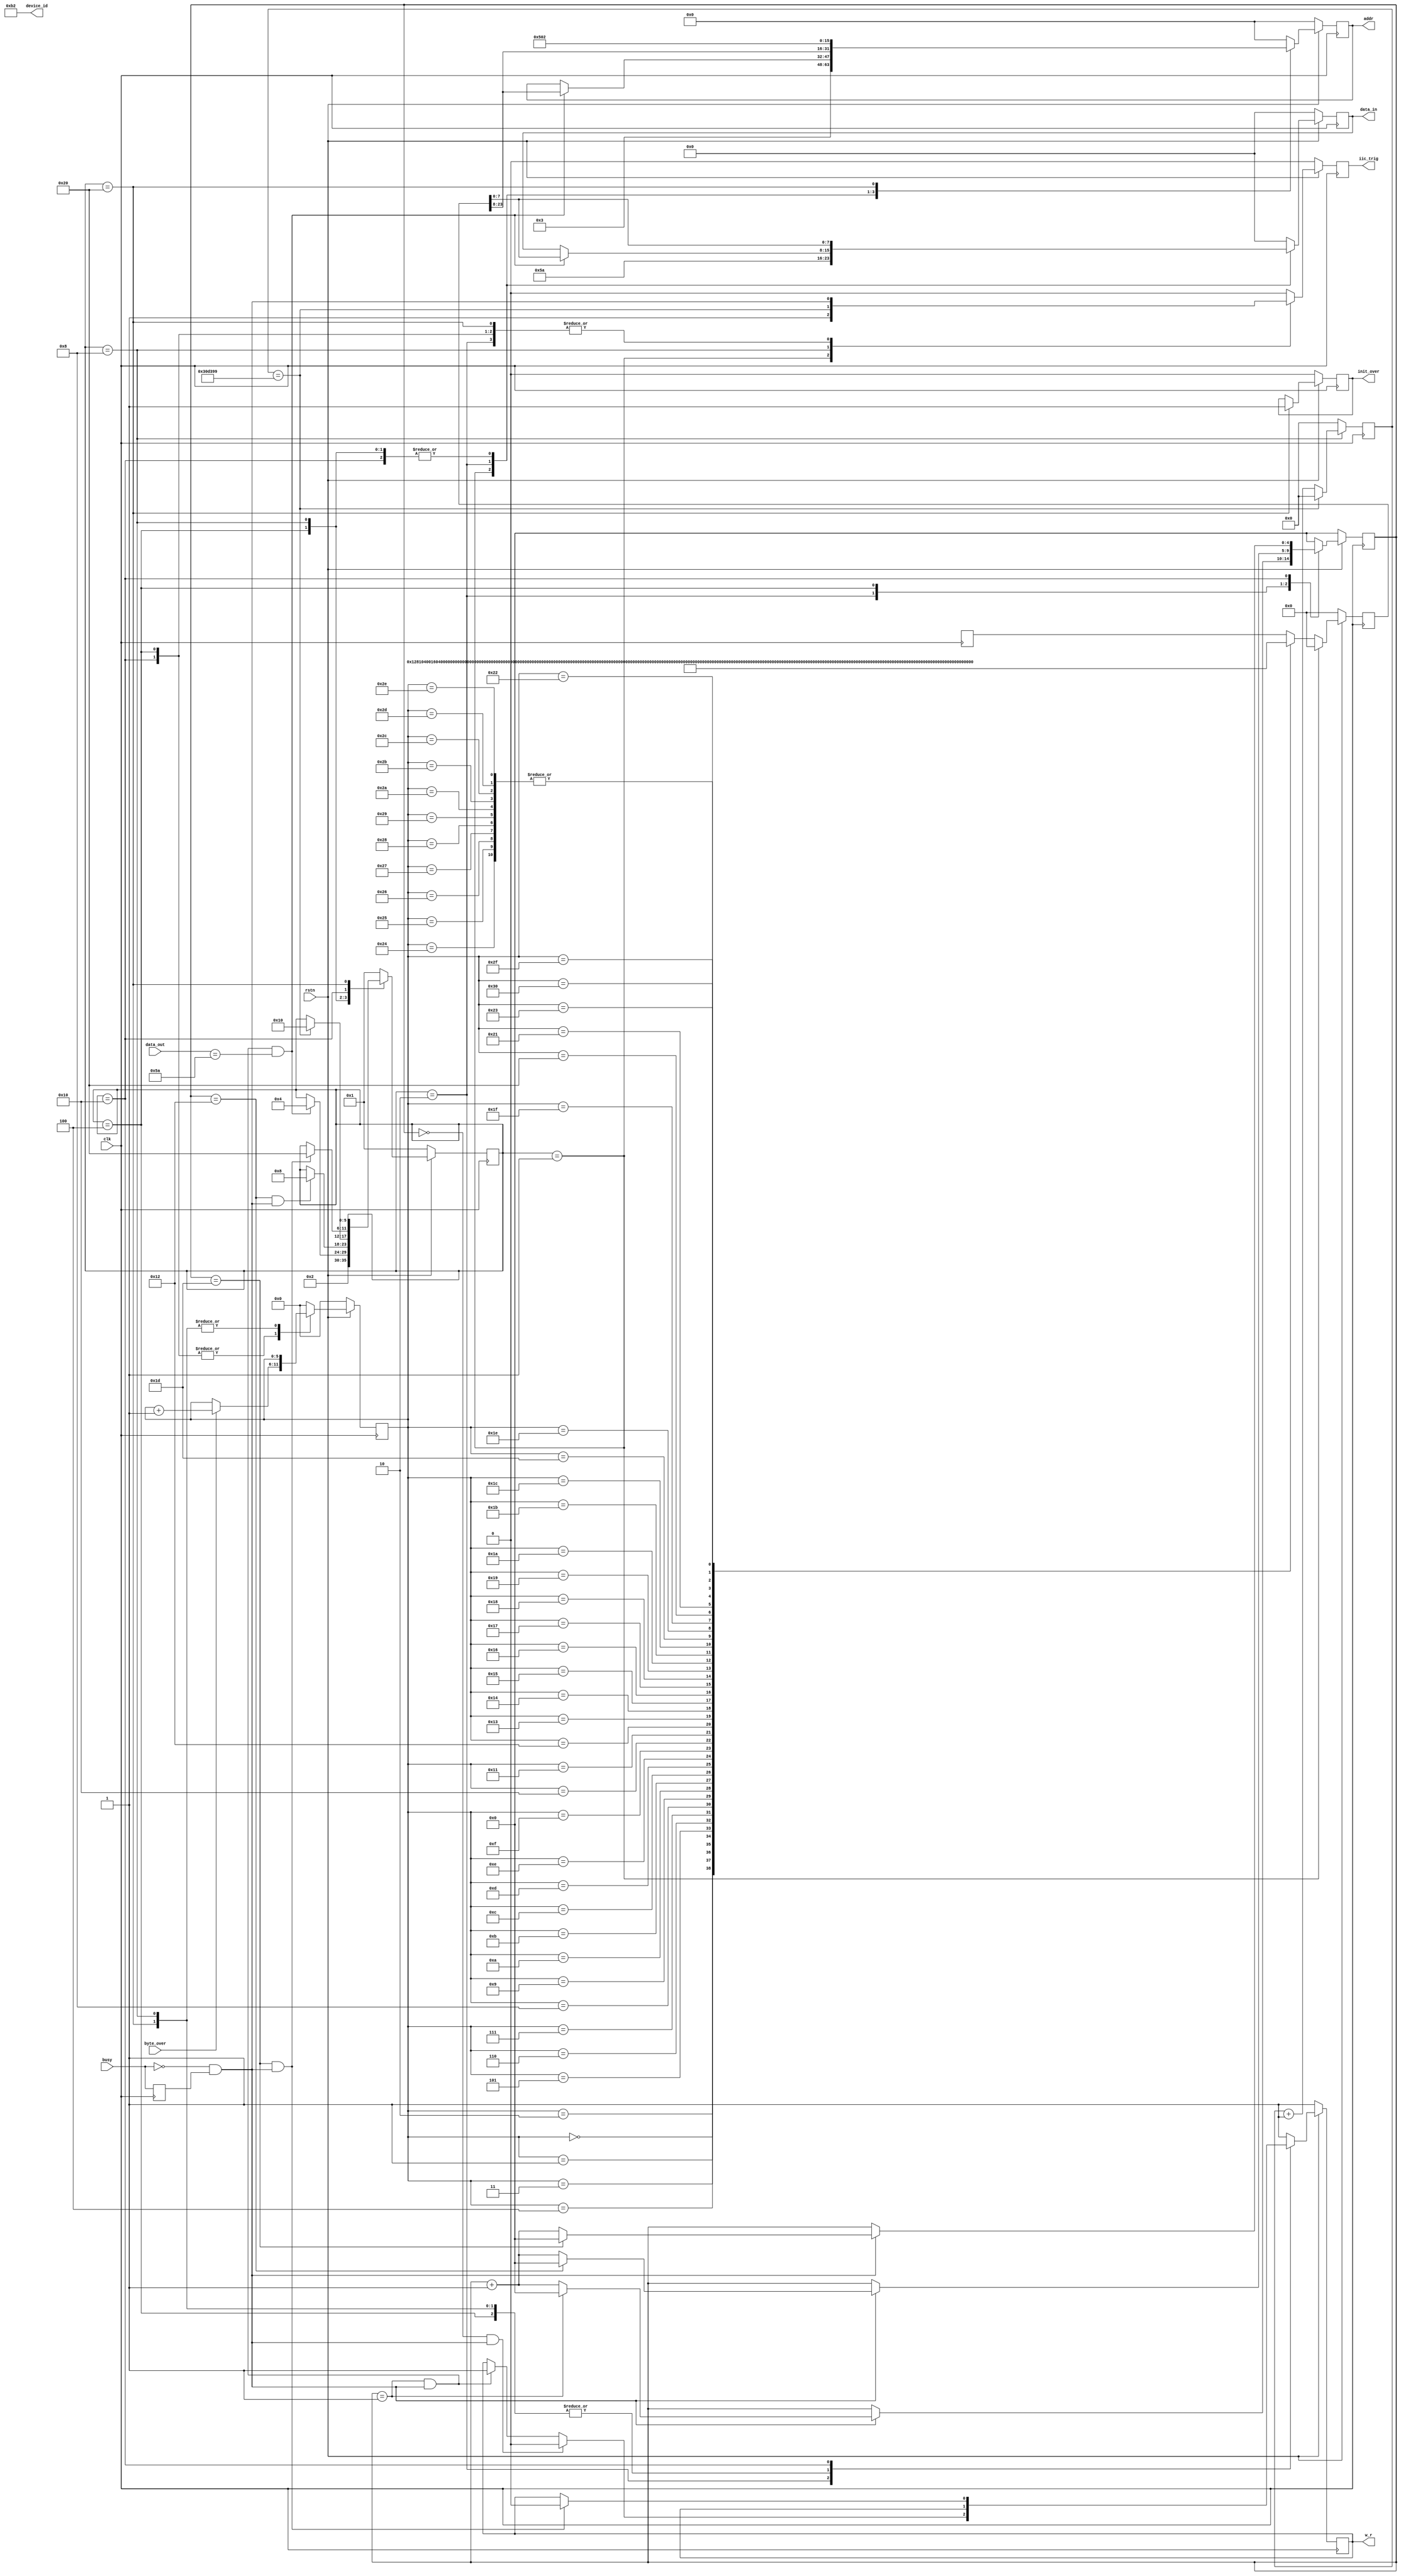
`timescale 1ns / 1ps
//////////////////////////////////////////////////////////////////////////////////
// Company:Meyesemi 
// 
// Design Name:  
// Module Name: 
// Project Name: 
// Target Devices: Pango
// Tool Versions: 
// Description: 
//      
// Dependencies: 
// 
// Revision:
// Revision 1.0 - File Created
// Additional Comments:
// 
//////////////////////////////////////////////////////////////////////////////////
`define UD #1
module ms7210_ctl(
    input               clk,
    input               rstn,
                        
    output reg          init_over,
    output        [7:0] device_id,
    output reg          iic_trig ,
    output reg          w_r      ,
    output reg   [15:0] addr     ,
    output reg   [ 7:0] data_in  ,
    input               busy     ,
    input        [ 7:0] data_out ,
    input               byte_over 
);
    assign device_id = 8'hB2;
function [23:0] cmd_data;
input [5:0] index;
    begin
        case(index)
            6'd0     : cmd_data = {16'h1281,8'h04};
            6'd1     : cmd_data = {16'h0016,8'h04};//
            6'd2     : cmd_data = {16'h0009,8'h01};//
            6'd3     : cmd_data = {16'h0007,8'h09};//
            6'd4     : cmd_data = {16'h0008,8'hF0};//
            6'd5     : cmd_data = {16'h000A,8'hF0};//
            6'd6     : cmd_data = {16'h0006,8'h11};//
            6'd7     : cmd_data = {16'h0531,8'h84};//
            6'd8     : cmd_data = {16'h0900,8'h20};//
            6'd9     : cmd_data = {16'h0901,8'h47};//
            6'd10    : cmd_data = {16'h0904,8'h09};
            6'd11    : cmd_data = {16'h0923,8'h07};//
            6'd12    : cmd_data = {16'h0924,8'h44};//
            6'd13    : cmd_data = {16'h0925,8'h44};//
            6'd14    : cmd_data = {16'h090F,8'h80};//
            6'd15    : cmd_data = {16'h091F,8'h07};//
            6'd16    : cmd_data = {16'h0920,8'h1E};//  INT EN
            6'd17    : cmd_data = {16'h0018,8'h20};//
            6'd18    : cmd_data = {16'h05c0,8'hFE};//
            6'd19    : cmd_data = {16'h000B,8'h00};//  seting
            6'd20    : cmd_data = {16'h0507,8'h06};
            6'd21    : cmd_data = {16'h0906,8'h04};//
            6'd22    : cmd_data = {16'h0920,8'h5E};//
            6'd23    : cmd_data = {16'h0926,8'hDD};//
            6'd24    : cmd_data = {16'h0927,8'h0D};//
            6'd25    : cmd_data = {16'h0928,8'h88};//
            6'd26    : cmd_data = {16'h0929,8'h08};//
            6'd27    : cmd_data = {16'h0910,8'h01};//
            6'd28    : cmd_data = {16'h000B,8'h11};//
            6'd29    : cmd_data = {16'h050E,8'h00};//
            6'd30    : cmd_data = {16'h050A,8'h82};
            6'd31    : cmd_data = {16'h0509,8'h02};//
            6'd32    : cmd_data = {16'h050B,8'h0D};//
            6'd33    : cmd_data = {16'h050D,8'h06};//
            6'd34    : cmd_data = {16'h050D,8'h11};//
            6'd35    : cmd_data = {16'h050D,8'h58};//
            6'd36    : cmd_data = {16'h050D,8'h00};//
            6'd37    : cmd_data = {16'h050D,8'h00};//
            6'd38    : cmd_data = {16'h050D,8'h00};//
            6'd39    : cmd_data = {16'h050D,8'h00};//
            6'd40    : cmd_data = {16'h050D,8'h00};
            6'd41    : cmd_data = {16'h050D,8'h00};//
            6'd42    : cmd_data = {16'h050D,8'h00};//
            6'd43    : cmd_data = {16'h050D,8'h00};//
            6'd44    : cmd_data = {16'h050D,8'h00};//
            6'd45    : cmd_data = {16'h050D,8'h00};//
            6'd46    : cmd_data = {16'h050D,8'h00};//
            6'd47    : cmd_data = {16'h050E,8'h40};//
            6'd48    : cmd_data = {16'h0507,8'h00};//
       endcase 
    end
endfunction
    //===========================================================================
    //  MS7210 driver control FSM
    //===========================================================================
    parameter    IDLE   = 6'b00_0001;
    parameter    CONECT = 6'b00_0010;
    parameter    INIT   = 6'b00_0100;
    parameter    WAIT   = 6'b00_1000;
    parameter    SETING = 6'b01_0000;
    parameter    STA_RD = 6'b10_0000;
    reg [ 5:0]   state;
    reg [ 5:0]   state_n;
    reg [ 4:0]   dri_cnt;
    reg [21:0]   delay_cnt;
    reg [ 5:0]   cmd_index;

    reg          busy_1d;
    wire         busy_falling;
    
    assign busy_falling = ((~busy) & busy_1d);
    always @(posedge clk)
    begin
        busy_1d <= busy;
    end
    //===========================================================================
    //  MS7210 driver control FSM    First Step
    always @(posedge clk)
    begin
        if(!rstn)
            state <= IDLE;
        else
            state <= state_n;
    end
    
    //===========================================================================
    //  MS7210 driver control FSM    Second Step
    always @(*)
    begin
        state_n = state;
        case(state)
            IDLE     : begin
                state_n = CONECT;
            end
            CONECT   : begin
                if(dri_cnt == 5'd1 && busy_falling && data_out == 8'h5A)
                    state_n = INIT;
                else
                    state_n = state;
            end
            INIT     : begin
                if(dri_cnt == 5'd18 && busy_falling)
                    state_n = WAIT;
                else
                    state_n = state;
            end
            WAIT     : begin
                if(delay_cnt == 22'h30D399)//)//
                    state_n = SETING;
                else
                    state_n = state;
            end
            SETING   : begin
                if(dri_cnt == 5'd29 && busy_falling)
                    state_n = STA_RD;
                else
                    state_n = state;
            end
            STA_RD   : begin
                state_n = state;
            end
            default  : begin
                state_n = IDLE;
            end
        endcase
    end
    
    //===========================================================================
    //  MS7210 driver control FSM    Third Step
    always @(posedge clk)
    begin
        if(!rstn)
            dri_cnt <= 5'd0;
        else
        begin
            case(state)
                IDLE     ,
                WAIT     ,
                STA_RD   : dri_cnt <= 5'd0;
                CONECT   : begin
                    if(busy_falling)
                    begin
                        if(dri_cnt == 5'd1)
                            dri_cnt <= 5'd0;
                        else
                            dri_cnt <= dri_cnt + 5'd1;
                    end
                    else
                        dri_cnt <= dri_cnt;
                end
                INIT     : begin
                    if(busy_falling)
                    begin
                        if(dri_cnt == 5'd18)
                            dri_cnt <= 5'd0;
                        else
                            dri_cnt <= dri_cnt + 5'd1;
                    end
                    else
                        dri_cnt <= dri_cnt;
                end
                SETING   : begin
                    if(busy_falling)
                    begin
                        if(dri_cnt == 5'd29)
                            dri_cnt <= 5'd0;
                        else
                            dri_cnt <= dri_cnt + 5'd1;
                    end
                    else
                        dri_cnt <= dri_cnt;
                end
                default  : dri_cnt <= 5'd0;
            endcase
        end
    end
    
    always @(posedge clk)
    begin
        if(state == WAIT)
        begin
            if(delay_cnt == 22'h30D399)
                delay_cnt <= 22'd0;
            else
                delay_cnt <= delay_cnt + 22'd1;
        end
        else
            delay_cnt <= 22'd0;
    end
    
    always @(posedge clk)
    begin
        if(!rstn)
            iic_trig <= 1'd0;
        else
        begin
            case(state)
                IDLE     : iic_trig <= 1'b1;
                WAIT     : iic_trig <= (delay_cnt == 22'h30D399);
                CONECT   ,
                INIT     ,
                SETING   ,
                STA_RD   : iic_trig <= busy_falling;
                default  : iic_trig <= 1'd0;
            endcase
        end
    end
    
    always @(posedge clk)
    begin
        if(!rstn)
            w_r <= 1'd1;
        else
        begin
            case(state)
                IDLE     : w_r <= 1'b1;
                CONECT   : begin
                    if(dri_cnt == 5'd0 && busy_falling)
                        w_r <= 1'b0;
                    else if(dri_cnt == 5'd1 && busy_falling)
                        w_r <= 1'b1;
                    else
                        w_r <= w_r;
                end
                INIT     ,
                STA_RD   ,
                WAIT     : w_r <= w_r;
                SETING   : begin
                    if(dri_cnt == 5'd29 && busy_falling)
                        w_r <= 1'b0;
                    else
                        w_r <= w_r;
                end
                default  : w_r <= 1'b1;
            endcase
        end
    end
    
    always @(posedge clk)
    begin
        if(!rstn)
            cmd_index <= 6'd0;
        else
        begin
            case(state)
                IDLE     : cmd_index <= 6'd0;
                CONECT   : cmd_index <= 6'd0;
                INIT     ,
                SETING   :begin
                    if(byte_over)
                        cmd_index <= cmd_index + 1'b1;
                    else
                        cmd_index <= cmd_index;
                end
                WAIT     ,
                STA_RD   : cmd_index <= cmd_index;
                default  : cmd_index <= 6'd0;
            endcase
        end
    end
    
    reg [23:0] cmd_iic;
    always@(posedge clk)
	begin
		if(~rstn)
			cmd_iic <= 0;
		else if(state == IDLE)
			cmd_iic <= 24'd0;
        else //if(state == WAIT || state == SETING)
            cmd_iic <= cmd_data(cmd_index);
	end
    
    always @(posedge clk)
    begin
        if(!rstn)
        begin
            addr    <= 16'd0;
            data_in <= 8'd0;
        end
        else
        begin
            case(state)
                IDLE     : begin
                    addr    <= 16'h0003;
                    data_in <= 8'h5A;
                end
                CONECT   : begin
                    if(dri_cnt == 5'd1 && busy_falling && data_out == 8'h5A)
                    begin
                        addr    <= cmd_iic[23:8];
                        data_in <= cmd_iic[ 7:0];
                    end
                    else
                    begin
                        addr    <= addr;
                        data_in <= data_in;
                    end
                end
                INIT     ,
                WAIT     ,
                SETING   :begin
                	addr    <= cmd_iic[23:8];
                    data_in <= cmd_iic[ 7:0];
                end
                STA_RD   :begin
                    addr    <= 16'h0502;
                    data_in <= 8'd0;
                end
                default  : begin
                    addr    <= 0;
                    data_in <= 0;
                end
            endcase
        end
    end

    always @(posedge clk)
    begin
    	if(!rstn)
    	    init_over <= 1'b0;
    	else if(state == STA_RD)// && busy_falling)
    	    init_over <= 1'b1;
    end

endmodule